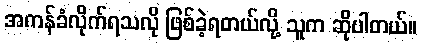
အကန်ခံလိုက်ရသလို ဖြစ်ခဲ့ရတယ်လို့ သူက ဆိုပါတယ်။